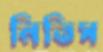
নিতিস